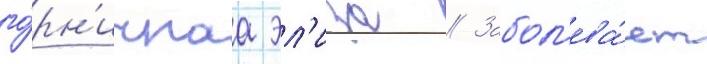
го́рн'ичнаа эл'иза // Забол'ева́ет